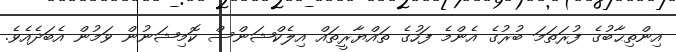
އިންތިޙާބުގެ ފުރަތަމަ ބުރުގެ އެންމެ ފަހުގެ ތައްޔާރީތައް އިލެކްޝަންސް ކޮމިޝަނުން ވަމުން އެބަދެއެވެ.